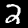
Digit: 2